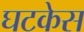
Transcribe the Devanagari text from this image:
घटकेस